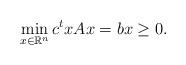
LaTeX: \begin{align*}\min_{x\in \mathbb R^n} c^t x Ax=b x\geq 0.\end{align*}